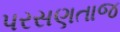
પરસણતાજ